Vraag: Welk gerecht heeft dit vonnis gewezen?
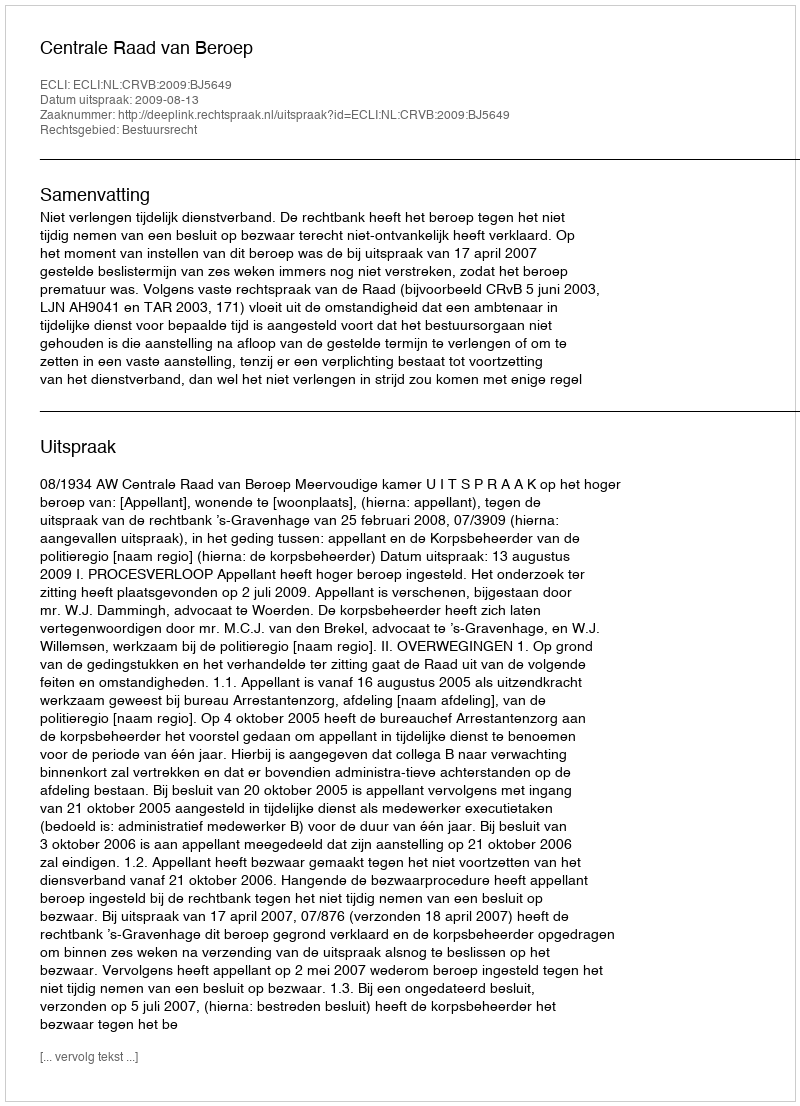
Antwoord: Centrale Raad van Beroep